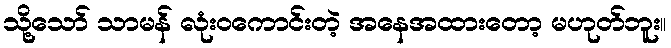
သို့သော် သာမန် လုံးဝကောင်းတဲ့ အနေအထားတော့ မဟုတ်ဘူး။